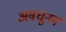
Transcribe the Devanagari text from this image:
अवधूनन